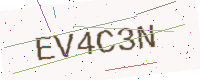
Text: EV4C3N